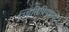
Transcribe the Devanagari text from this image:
स्थितिप्रियवादी